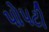
પોપટી